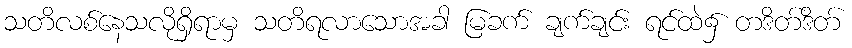
သတိလစ်နေသလိုရှိရာမှ သတိရလာသောအခါ မြခက် ချက်ချင်း ရင်ထဲ၌ တဒိတ်ဒိတ်